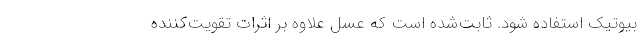
بیوتیک استفاده شود. ثابت‌شده است که عسل علاوه بر اثرات تقویت‌کننده